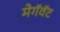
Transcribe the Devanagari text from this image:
मेगॅवॅट